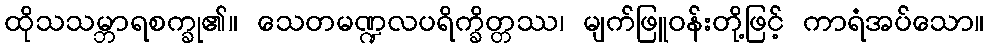
ထိုသသမ္ဘာရစက္ခု၏။ သေတမဏ္ဍလပရိက္ခိတ္တဿ၊ မျက်ဖြူဝန်းတို့ဖြင့် ကာရံအပ်သော။